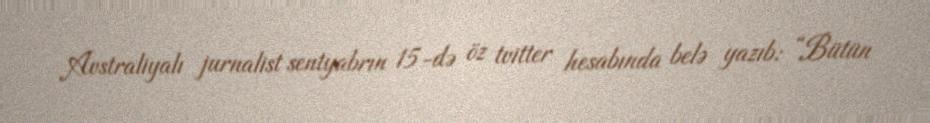
Avstraliyalı jurnalist sentyabrın 15-də öz tvitter hesabında belə yazıb: “Bütün